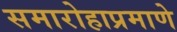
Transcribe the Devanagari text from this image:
समारोहाप्रमाणे